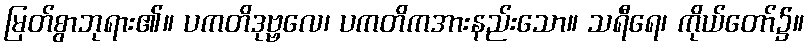
မြတ်စွာဘုရား၏။ ပကတိဒုဗ္ဗလေ၊ ပကတိကအားနည်းသော။ သရီရေ၊ ကိုယ်တော်၌။